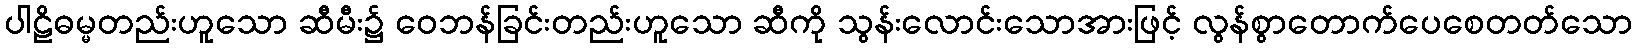
ပါဠိဓမ္မတည်းဟူသော ဆီမီး၌ ဝေဘန်ခြင်းတည်းဟူသော ဆီကို သွန်းလောင်းသောအားဖြင့် လွန်စွာတောက်ပေစေတတ်သော